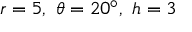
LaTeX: r = 5 , \ \theta = 2 0 ^ { \circ } , \ h = 3